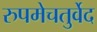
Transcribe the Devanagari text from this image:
रुपमेचतुर्वेद